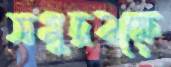
সমুদ্রবক্ষে